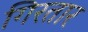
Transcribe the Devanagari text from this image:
गिरतार